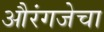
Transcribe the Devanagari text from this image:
औरंगजेचा